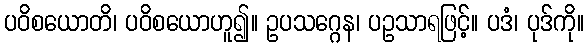
ပဝိစယောတိ၊ ပဝိစယောဟူ၍။ ဥပသဂ္ဂေန၊ ပဥသာရဖြင့်။ ပဒံ၊ ပုဒ်ကို။